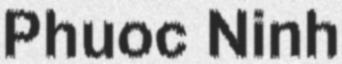
Phuoc Ninh